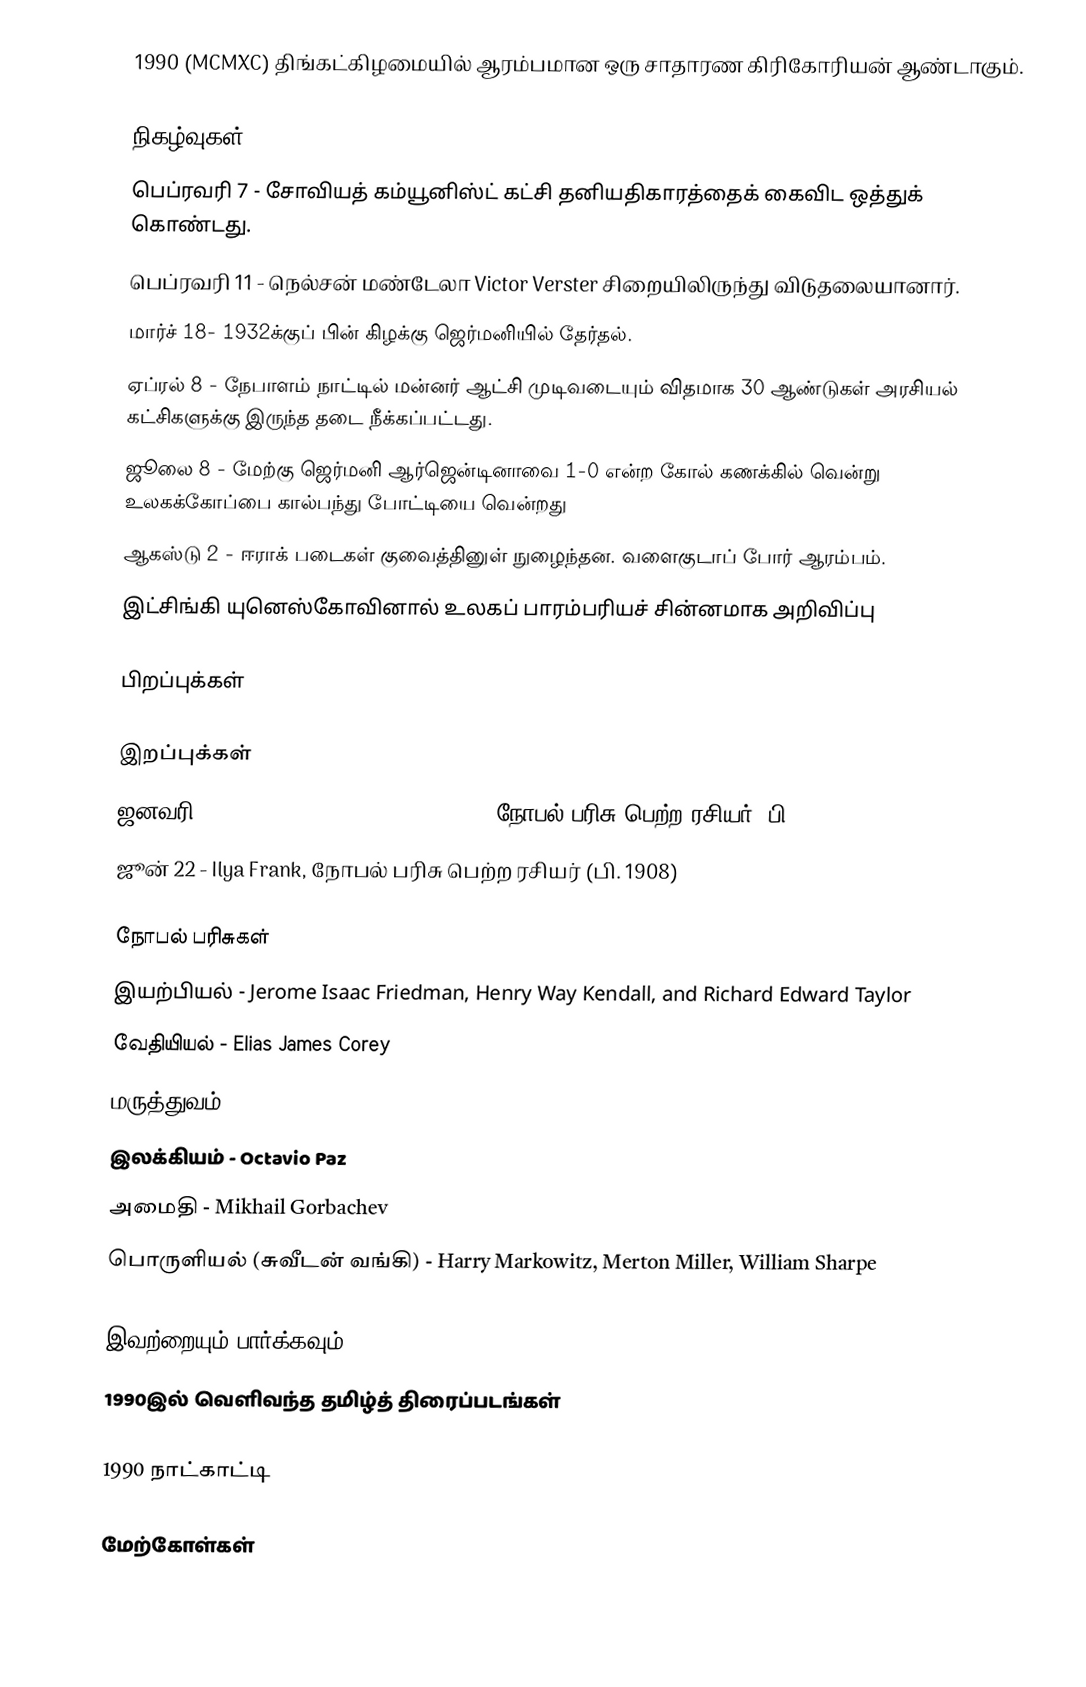
1990 (MCMXC) திங்கட்கிழமையில் ஆரம்பமான ஒரு சாதாரண கிரிகோரியன் ஆண்டாகும்.

நிகழ்வுகள்
 பெப்ரவரி 7 - சோவியத் கம்யூனிஸ்ட் கட்சி தனியதிகாரத்தைக் கைவிட ஒத்துக் கொண்டது.
 பெப்ரவரி 11 - நெல்சன் மண்டேலா Victor Verster சிறையிலிருந்து விடுதலையானார்.
 மார்ச் 18- 1932க்குப் பின் கிழக்கு ஜெர்மனியில் தேர்தல்.
 ஏப்ரல் 8 - நேபாளம் நாட்டில் மன்னர் ஆட்சி முடிவடையும் விதமாக 30 ஆண்டுகள் அரசியல் கட்சிகளுக்கு இருந்த தடை நீக்கப்பட்டது.
 ஜூலை 8 - மேற்கு ஜெர்மனி ஆர்ஜென்டினாவை 1-0 என்ற கோல் கணக்கில் வென்று உலகக்கோப்பை கால்பந்து போட்டியை வென்றது
 ஆகஸ்டு 2 - ஈராக் படைகள் குவைத்தினுள் நுழைந்தன. வளைகுடாப் போர் ஆரம்பம்.
 இட்சிங்கி யுனெஸ்கோவினால் உலகப் பாரம்பரியச் சின்னமாக அறிவிப்பு

பிறப்புக்கள்

இறப்புக்கள்
 ஜனவரி 6 - Pavel Alekseyevich Cherenkov, நோபல் பரிசு பெற்ற ரசியர் (பி. 1904)
 ஜூன் 22 - Ilya Frank, நோபல் பரிசு பெற்ற ரசியர் (பி. 1908)

நோபல் பரிசுகள்
 இயற்பியல் - Jerome Isaac Friedman, Henry Way Kendall, and Richard Edward Taylor
 வேதியியல் - Elias James Corey
 மருத்துவம் - Joseph E. Murray, E. Donnall Thomas
 இலக்கியம் - Octavio Paz
 அமைதி - Mikhail Gorbachev
 பொருளியல் (சுவீடன் வங்கி) - Harry Markowitz, Merton Miller, William Sharpe

இவற்றையும் பார்க்கவும்
 1990இல் வெளிவந்த தமிழ்த் திரைப்படங்கள்

1990 நாட்காட்டி

மேற்கோள்கள்